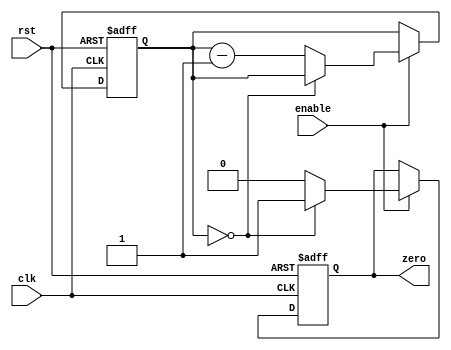
module binary_down_counter_with_enable (
    input wire enable,
    input wire clk,
    input wire rst,
    output reg zero
);

reg [7:0] count;

always @(posedge clk or negedge rst) begin
    if (rst == 0) begin
        count <= 8'b11111111;
        zero <= 0;
    end else if (enable == 1) begin
        if (count == 0) begin
            zero <= 1;
        end else begin
            count <= count - 1;
            zero <= 0;
        end
    end
end

endmodule